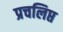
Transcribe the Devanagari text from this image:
प्रचलिप्त